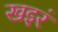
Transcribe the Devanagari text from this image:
खइरं